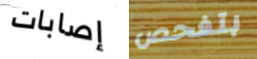
إصابات بتفحص